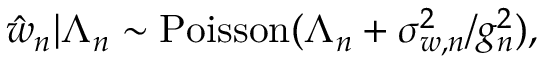
\hat { w } _ { n } | \Lambda _ { n } \sim \mathrm { P o i s s o n } ( \Lambda _ { n } + \sigma _ { w , n } ^ { 2 } / g _ { n } ^ { 2 } ) ,